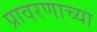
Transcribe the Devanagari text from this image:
प्रावरणाच्या